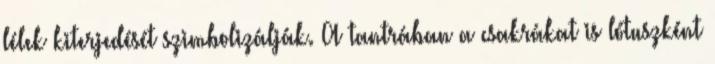
lélek kiterjedését szimbolizálják. A tantrában a csakrákat is lótuszként